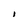
Character: I